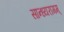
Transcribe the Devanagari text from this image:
सान्ध्यरागम्